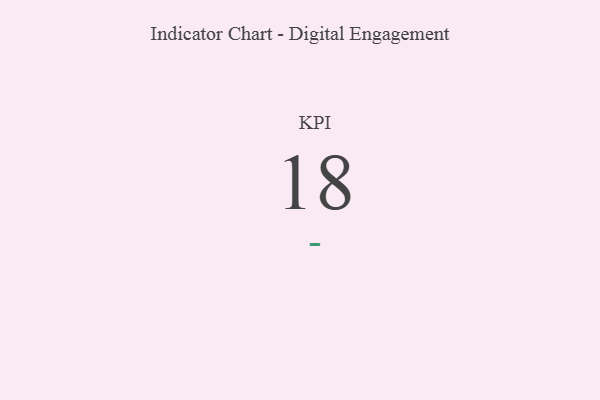
{"axis": {"x": "KPI", "y": "Value"}, "legend": [""], "data": [{"x": "KPI", "y": 18, "type": ""}]}